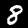
Digit: 8